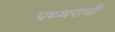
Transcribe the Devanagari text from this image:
पथ्थराची